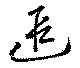
遐